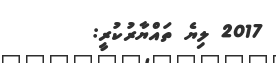
2017 ލިޔެ ތައްޔާރުކުރީ: